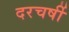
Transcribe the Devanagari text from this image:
दरचर्षी